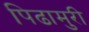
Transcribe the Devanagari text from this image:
पिढामुरी